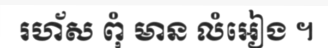
រហ័ស ពុំ មាន លំអៀង ។